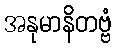
အနုမာနိတဗ္ဗံ